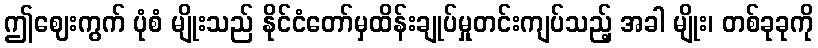
ဤဈေးကွက် ပုံစံ မျိုးသည် နိုင်ငံတော်မှထိန်းချုပ်မှုတင်းကျပ်သည့် အခါ မျိုး၊ တစ်ခုခုကို